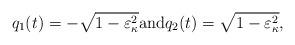
LaTeX: \begin{align*}q_{1}(t)=-\sqrt{1-\varepsilon_{\kappa}^{2}} \mbox{and} q_{2}(t)=\sqrt{1-\varepsilon_{\kappa}^{2}},\end{align*}